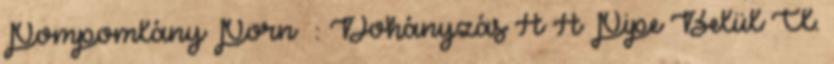
Pompomlány Porn : Dohányzás A A Pipe Belül Cl.